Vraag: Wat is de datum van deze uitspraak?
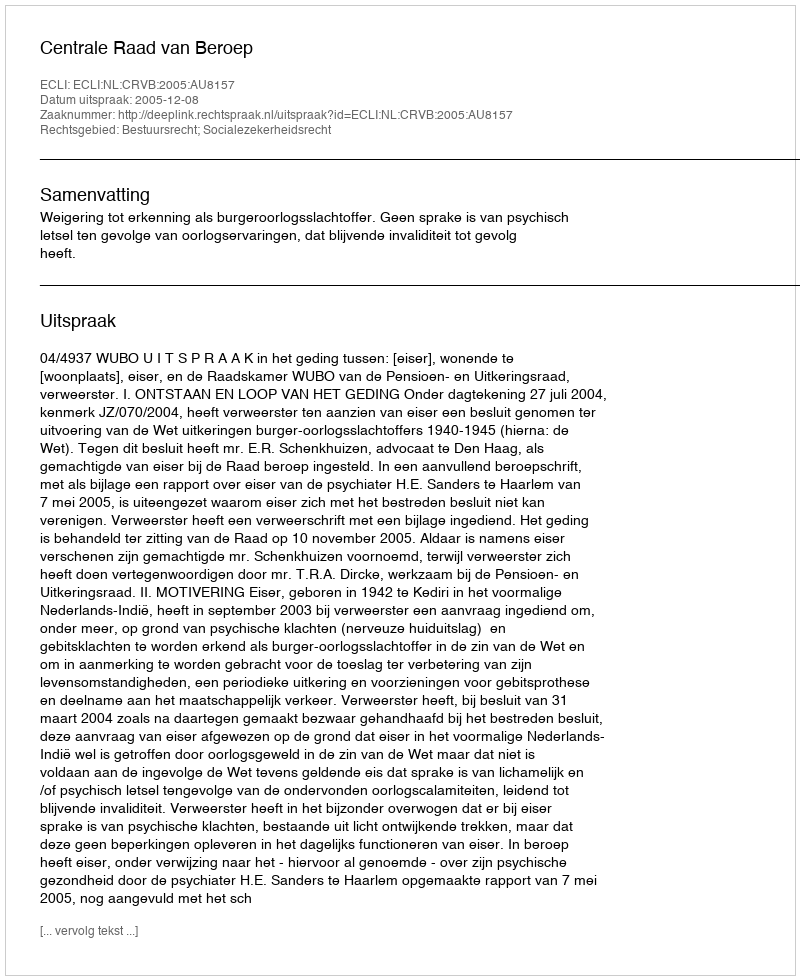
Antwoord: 2005-12-08